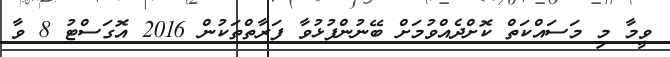
ވީމާ މި މަސައްކަތް ކޮށްދެއްވުމަށް ބޭނުންފުޅުވާ ފަރާތްތަކުން 2016 އޮގަސްޓު 8 ވާ